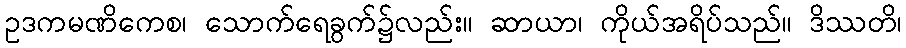
ဥဒကမဏိကေစ၊ သောက်ရေခွက်၌လည်း။ ဆာယာ၊ ကိုယ်အရိပ်သည်။ ဒိဿတိ၊